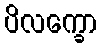
ပိလက္ခော